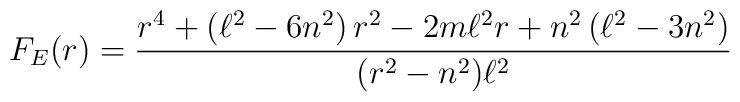
F_{E}(r)=\frac{r^{4}+\left( \ell ^{2}-6n^{2}\right) r^{2}-2m\ell^{2}r+n^{2}\left( \ell ^{2}-3n^{2}\right) }{(r^{2}-n^{2})\ell ^{2}}